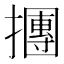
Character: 㩛